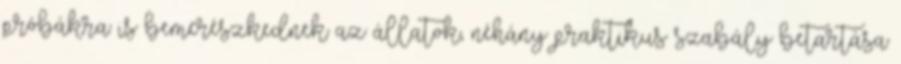
próbákra is bemerészkednek az állatok, néhány praktikus szabály betartása